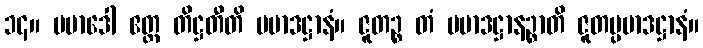
၁၄။ ပမာဒေါ ဧတ္ထ တိဋ္ဌတီတိ ပမာဒဋ္ဌာနံ။ ဇူတဉ္စ တံ ပမာဒဋ္ဌာနဉ္စာတိ ဇူတပ္ပမာဒဋ္ဌာနံ။